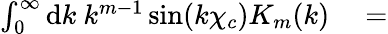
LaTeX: \begin{array}{rl}{\int_{0}^{\infty}\mathrm{d}k\ k^{m-1}\sin(k\chi_{c})K_{m}(k)}&{{}=}\end{array}